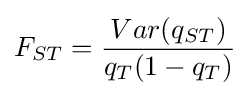
F_{ST}={\frac {Var(q_{ST})}{q_{T}(1-q_{T})}}